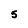
Character: 5